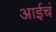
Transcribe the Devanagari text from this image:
आईचं